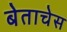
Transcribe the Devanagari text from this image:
बेताचेस